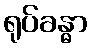
ရုပ်ခန္ဓာ